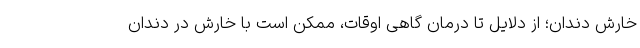
خارش دندان؛ از دلایل تا درمان گاهی اوقات، ممکن است با خارش در دندان